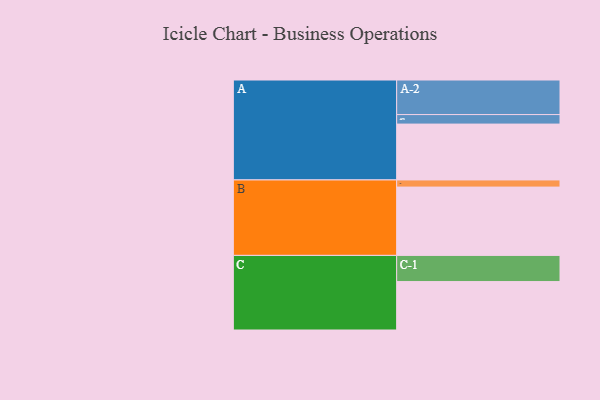
{"axis": {"x": "Segment", "y": "Value"}, "legend": ["", "A", "B", "C"], "data": [{"x": "A", "y": 399, "type": ""}, {"x": "B", "y": 488, "type": ""}, {"x": "C", "y": 346, "type": ""}, {"x": "A-1", "y": 68, "type": "A"}, {"x": "A-2", "y": 247, "type": "A"}, {"x": "B-1", "y": 51, "type": "B"}, {"x": "C-1", "y": 187, "type": "C"}]}